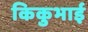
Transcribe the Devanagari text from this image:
किकुभाई